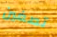
تصغين